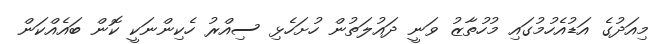
މިއަދުގެ އަޑުއެހުމުގައި މުހުތާޒު ވަނީ ދައުލަތުން ހުށަހެޅި ސިއްރު ހެކިންނަކީ ކޮން ބައެއްކަން